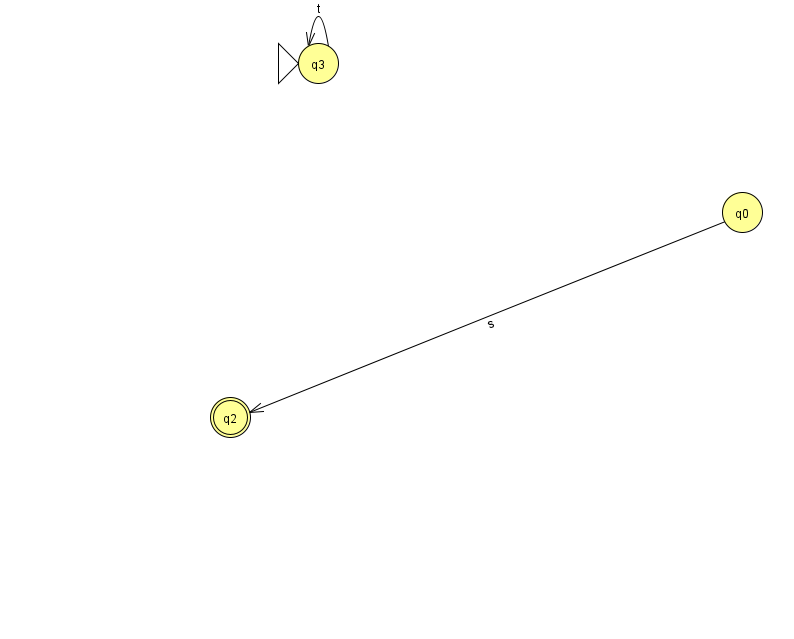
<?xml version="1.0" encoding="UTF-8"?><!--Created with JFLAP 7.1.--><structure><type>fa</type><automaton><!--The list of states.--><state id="0" name="q0"><x>742.0</x><y>199.0</y></state><state id="2" name="q2"><x>230.0</x><y>404.0</y><final/></state><state id="3" name="q3"><x>318.0</x><y>50.0</y><initial/></state><!--The list of transitions.--><transition><from>3</from><to>3</to><read>t</read></transition><transition><from>0</from><to>2</to><read>s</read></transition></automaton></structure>